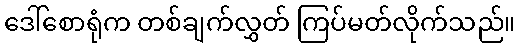
ဒေါ်စောရုံက တစ်ချက်လွှတ် ကြပ်မတ်လိုက်သည်။